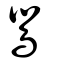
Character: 鸎